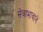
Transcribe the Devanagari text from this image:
सेवाभावाने